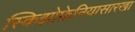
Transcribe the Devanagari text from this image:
स्किझोफ्रेनियासारखा